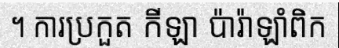
។ ការប្រកួត កីឡា ប៉ារ៉ាឡាំពិក